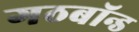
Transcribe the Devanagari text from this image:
गठबॉन्ड